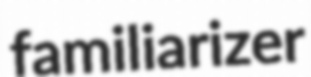
familiarizer